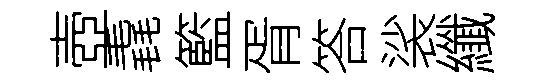
壺毳籃胥答裟纖